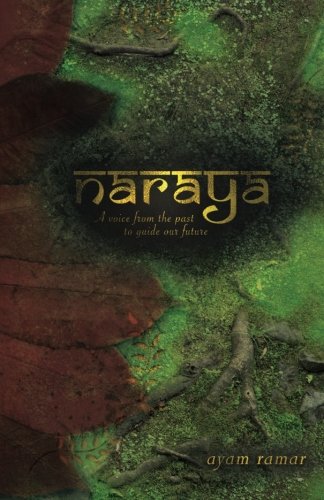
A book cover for Naraya: A Voice from the Past to Guide our Future; Ayam Ramar; Science Fiction & Fantasy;